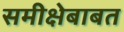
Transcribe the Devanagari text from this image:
समीक्षेबाबत